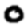
Digit: 0